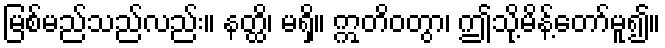
မြစ်မည်သည်လည်း။ နတ္ထိ၊ မရှိ။ ဣတိဝတွာ၊ ဤသို့မိန့်တော်မူ၍။